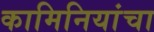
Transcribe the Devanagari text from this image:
कामिनियांचा